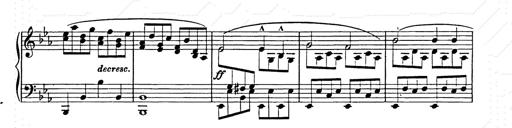
Title: Allegro di bravura
Composer: Carl Maria von Weber
Key: D major